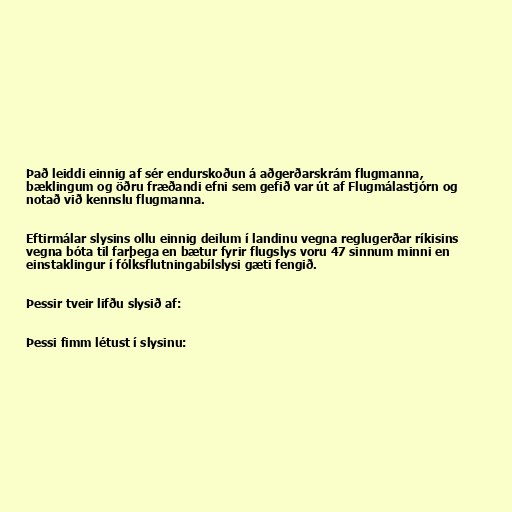
Það leiddi einnig af sér endurskoðun á aðgerðarskrám flugmanna,
bæklingum og öðru fræðandi efni sem gefið var út af Flugmálastjórn og
notað við kennslu flugmanna.

Eftirmálar slysins ollu einnig deilum í landinu vegna reglugerðar ríkisins
vegna bóta til farþega en bætur fyrir flugslys voru 47 sinnum minni en
einstaklingur í fólksflutningabílslysi gæti fengið.

Þessir tveir lifðu slysið af:

Þessi fimm létust í slysinu: